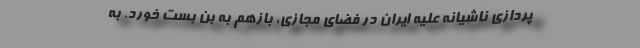
پردازی ناشیانه علیه ایران در فضای مجازی، بازهم به بن بست خورد. به